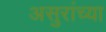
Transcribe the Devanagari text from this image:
असुरांच्या